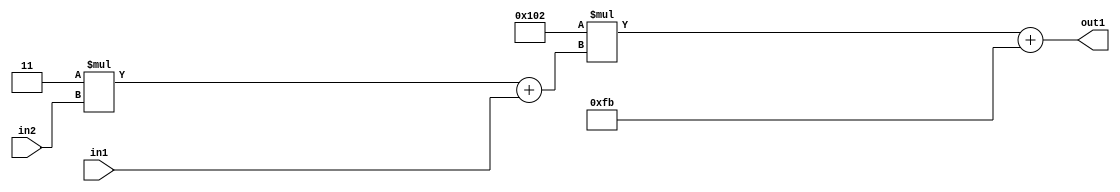
`timescale 1ps / 1ps
/*****************************************************************************
    Verilog RTL Description
    
    
    Created by: Stratus DpOpt 2019.1.01 
*******************************************************************************/

module DC_Filter_Add2i251Mul2i258Add2u1Mul2i3u2_4 (
	in2,
	in1,
	out1
	); /* architecture "behavioural" */ 
input [1:0] in2;
input  in1;
output [11:0] out1;
wire [11:0] asc001;
wire [3:0] asc002;

wire [3:0] asc002_tmp_0;
assign asc002_tmp_0 = 
	+(4'B0011 * in2);
assign asc002 = asc002_tmp_0
	+(in1);

wire [11:0] asc001_tmp_1;
assign asc001_tmp_1 = 
	+(12'B000100000010 * asc002);
assign asc001 = asc001_tmp_1
	+(12'B000011111011);

assign out1 = asc001;
endmodule

/* CADENCE  v7X2TAk= : u9/ySgnWtBlWxVPRXgAZ4Og= ** DO NOT EDIT THIS LINE ******/